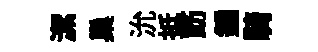
潔巢沇抵筯鍾騎